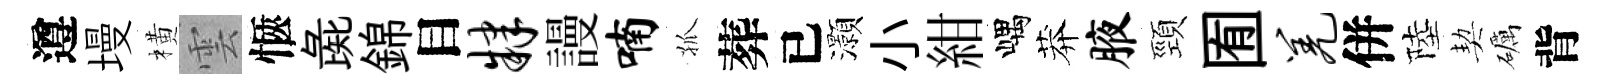
遵墁橫雲愜彘錦目肄謾喃孤葬已灝小紺嵎莽腋頸囿羌併陸契礪背